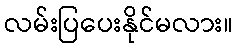
လမ်းပြပေးနိုင်မလား။